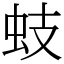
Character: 蚑